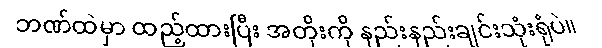
ဘဏ်ထဲမှာ ထည့်ထားပြီး အတိုးကို နည်းနည်းချင်းသုံးရုံပဲ။